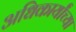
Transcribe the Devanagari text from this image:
अधिकार्यांच्या